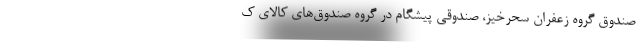
صندوق گروه زعفران سحرخیز، صندوقی پیشگام در گروه صندوق‌های کالای ک